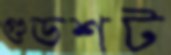
গুডশট